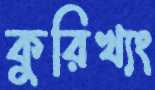
কুরিখ্যং